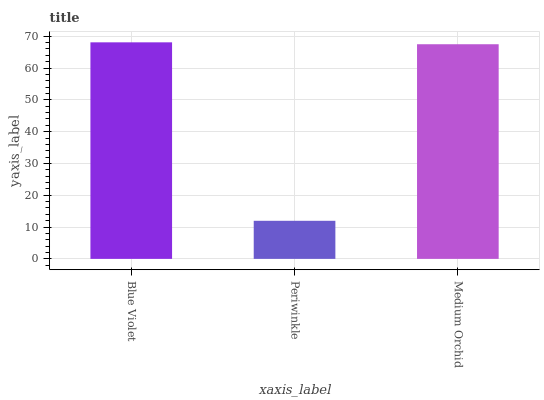
| xaxis_label | bars |
 | --- | --- |
 | Blue Violet | 68.1 |
 | Periwinkle | 12 |
 | Medium Orchid | 67.5 |